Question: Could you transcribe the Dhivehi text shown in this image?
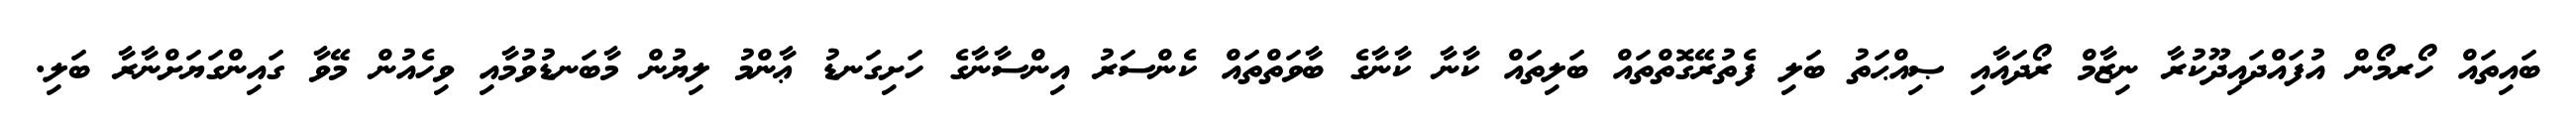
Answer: ބައިތައް ހޯރމޯން އުފައްދައިދޫކުރާ ނިޒާމް ރޯދައާއި ޞިއްޙަތު ބަލި ފެތުރޭގޮތްތައް ބަލިތައް ކާނާ ކާނާގެ ބާވަތްތައް ކެންސަރު އިންސާނާގެ ހަށިގަނޑު ޢާންމު ލިޔުން މާބަނޑުވުމާއި ވިހެއުން މޭވާ ގައިންގަޔަށްނާރާ ބަލި.